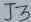
Text: J3